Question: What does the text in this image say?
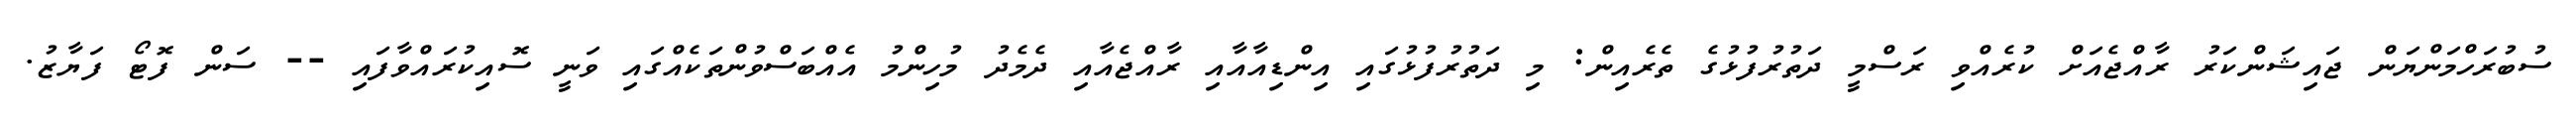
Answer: ސުބުރަހްމަންޔަން ޖައިޝަންކަރު ރާއްޖެއަށް ކުރެއްވި ރަސްމީ ދަތުރުފުޅުގެ ތެރެއިން: މި ދަތުރުފުޅުގައި އިންޑިއާއާއި ރާއްޖެއާއި ދެމެދު މުހިންމު އެއްބަސްވުންތަކެއްގައި ވަނީ ސޮއިކުރައްވާފައި -- ސަން ފޮޓޯ ފަޔާޒު.